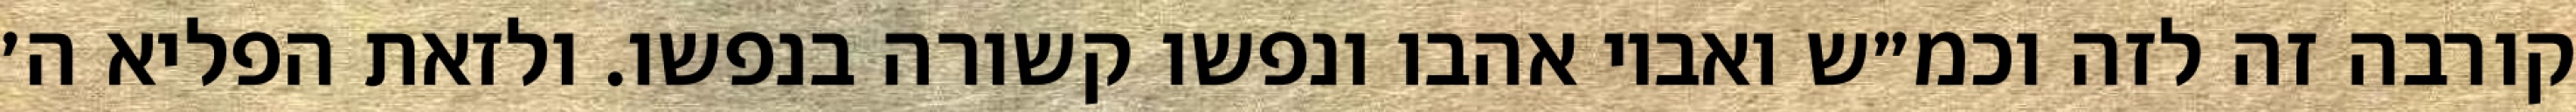
קורבה זה לזה וכמ״ש ואביו אהבו ונפשו קשורה בנפשו. ולזאת הפליא ה׳